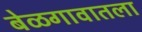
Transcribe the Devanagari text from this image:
बेळगावातला